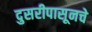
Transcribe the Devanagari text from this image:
दुसरीपासूनचे